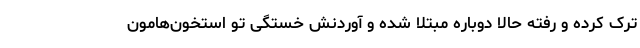
ترک کرده و رفته حالا دوباره مبتلا شده و آوردنش خستگی تو استخون‌هامون